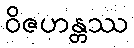
ဝိဇဟန္တဿ